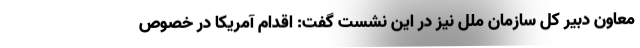
معاون دبیر کل سازمان ملل نیز در این نشست گفت: اقدام آمریکا در خصوص